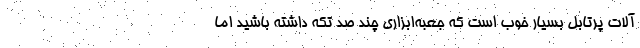
آلات پرتابل بسیار خوب است که جعبه‌ابزاری چند صد تکه داشته باشید اما